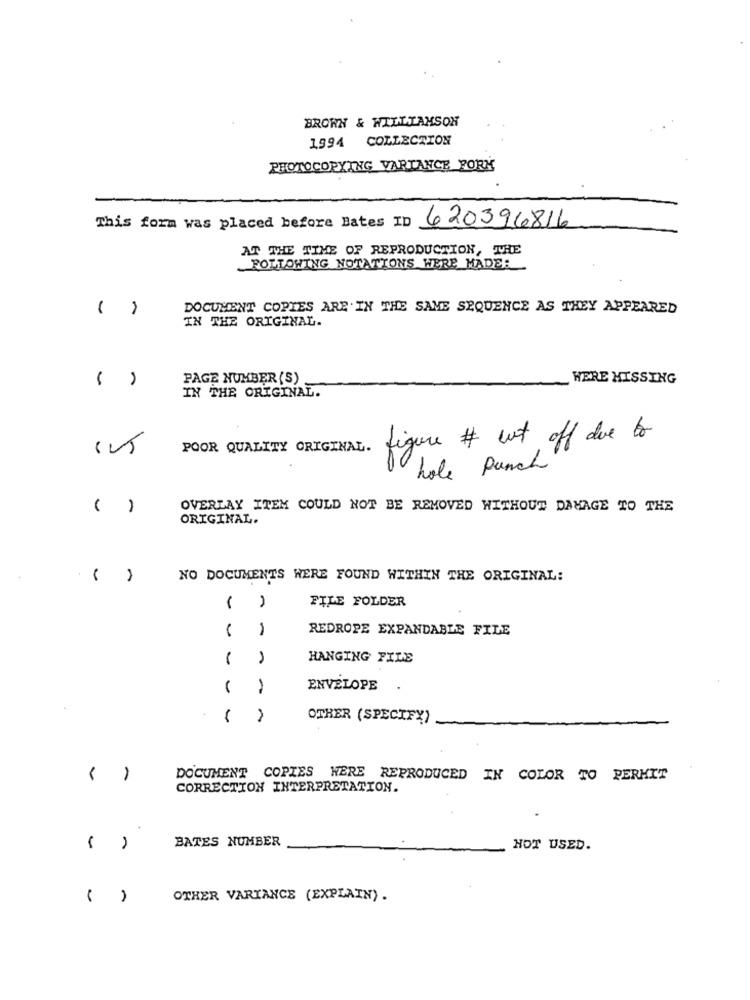
BROWN & WILLIAMSON
1994
COLLECTION
PHOTOCOPYING VARTANCE FORK
This form was placed before Bates ID 620396816
AT THE TIME OF REPRODUCTION, THE
FOLLOWING NOTATIONS WERE MADE:
( )
DOCUMENT COPIES ARE IN THE SAME SEQUENCE AS THEY APPEARED
IN THE ORIGINAL.
( )
PAGE NUMBER (S)
WERE MISSING
IN THE ORIGINAL.
POOR QUALITY ORIGINAL.
figure # cut off due to
hole Punch
( )
OVERLAY ITEM COULD NOT BE REMOVED WITHOUT DAMAGE TO THE
ORIGINAL.
NO DOCUMENTS WERE FOUND WITHIN THE ORIGINAL:
FILE FOLDER
-
1
REDROPE EXPANDABLE FILE
1
HANGING FILE
1
ENVELOPE
.
OTHER (SPECIFY)
DOCUMENT COPIES WERE REPRODUCED IN COLOR TO PERKIT
CORRECTION INTERPRETATION.
BATES NUMBER
-
HOT USED.
1
A
OTHER VARIANCE (EXPLAIN) .